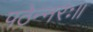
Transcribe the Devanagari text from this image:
पठेन्नरः॥